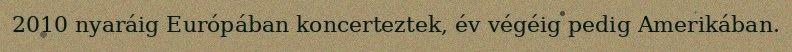
2010 nyaráig Európában koncerteztek, év végéig pedig Amerikában.